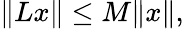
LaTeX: \| Lx\| \leq M\| x\| ,